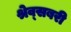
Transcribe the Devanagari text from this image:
श्रेव्सबरी